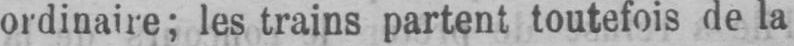
ordinaire; les trains partent toutefois de la